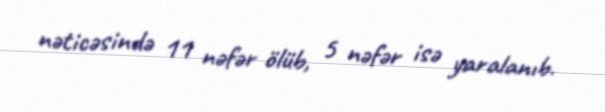
nəticəsində 11 nəfər ölüb, 5 nəfər isə yaralanıb.